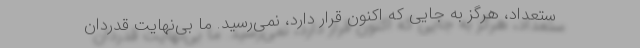
ستعداد، هرگز به جایی که اکنون قرار دارد، نمی‌رسید. ما بی‌نهایت قدردان